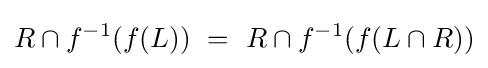
R\cap f^{-1}(f(L))~=~R\cap f^{-1}(f(L\cap R))